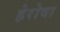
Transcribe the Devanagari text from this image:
हेरोवा